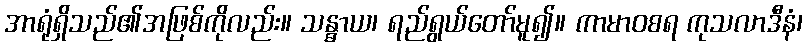
အာရုံရှိသည်၏အဖြစ်ကိုလည်း။ သန္ဓာယ၊ ရည်ရွယ်တော်မူ၍။ ကာမာဝစရ ကုသလာဒီနံ၊